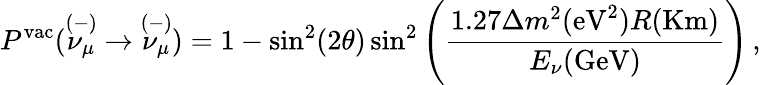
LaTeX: P^{\mathrm{vac}}({{\stackrel{(-)}{\nu_{\mu}}}}\rightarrow{{\stackrel{(-)}{\nu_{\mu}}}})=1-\sin^{2}(2\theta)\sin^{2}\left(\frac{1.27\Delta m^{2}(\mathrm{eV}^{2})R(\mathrm{Km})}{E_{\nu}(\mathrm{GeV})}\right)\, ,